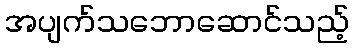
အပျက်သဘောဆောင်သည့်